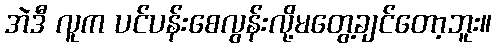
အဲဒီ လူက ပင်ပန်းစေလွန်းလို့မတွေ့ချင်တော့ဘူး။